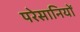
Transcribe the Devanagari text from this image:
परेसानियों